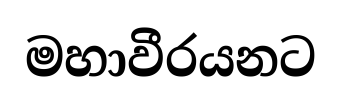
මහාවීරයනට